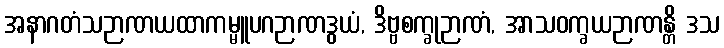
အနာဂတံသဉာဏယထာကမ္မူပဂဉာဏဒွယံ, ဒိဗ္ဗစက္ခုဉာဏံ, အာသဝက္ခယဉာဏန္တိ ဒသ